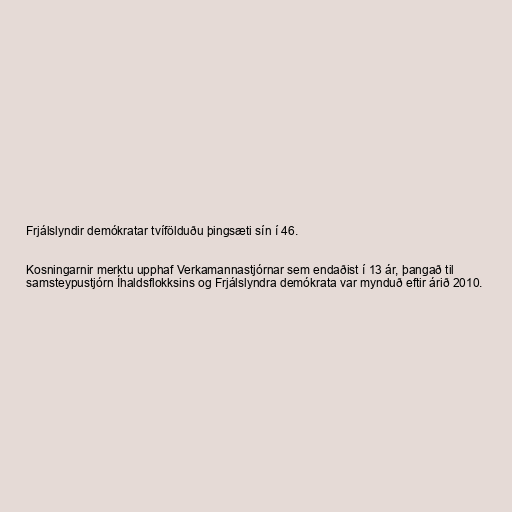
Frjálslyndir demókratar tvífölduðu þingsæti sín í 46.

Kosningarnir merktu upphaf Verkamannastjórnar sem endaðist í 13 ár, þangað til
samsteypustjórn Íhaldsflokksins og Frjálslyndra demókrata var mynduð eftir árið 2010.